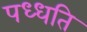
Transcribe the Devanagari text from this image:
पध्धति